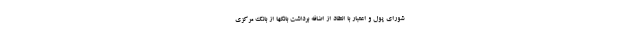
شورای پول و اعتبار با انتقاد از اضافه برداشت بانکها از بانک مرکزی